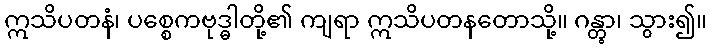
ဣသိပတနံ၊ ပစ္စေကဗုဒ္ဓါတို့၏ ကျရာ ဣသိပတနတောသို့။ ဂန္တွာ၊ သွား၍။